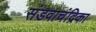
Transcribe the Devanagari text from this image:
संडवाचंद्रिका